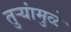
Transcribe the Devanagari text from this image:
तुऱ्यांमुळे